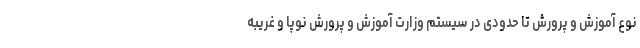
نوع آموزش و پرورش تا حدودی در سیستم وزارت آموزش و پرورش نوپا و غریبه